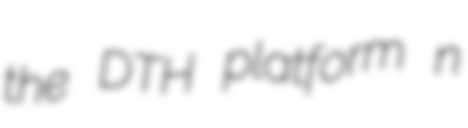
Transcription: the DTH platform n